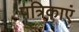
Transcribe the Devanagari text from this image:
पत्रिकाएं